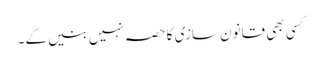
کسی بھی قانون سازی کا حصہ نہیں بنیں گے۔